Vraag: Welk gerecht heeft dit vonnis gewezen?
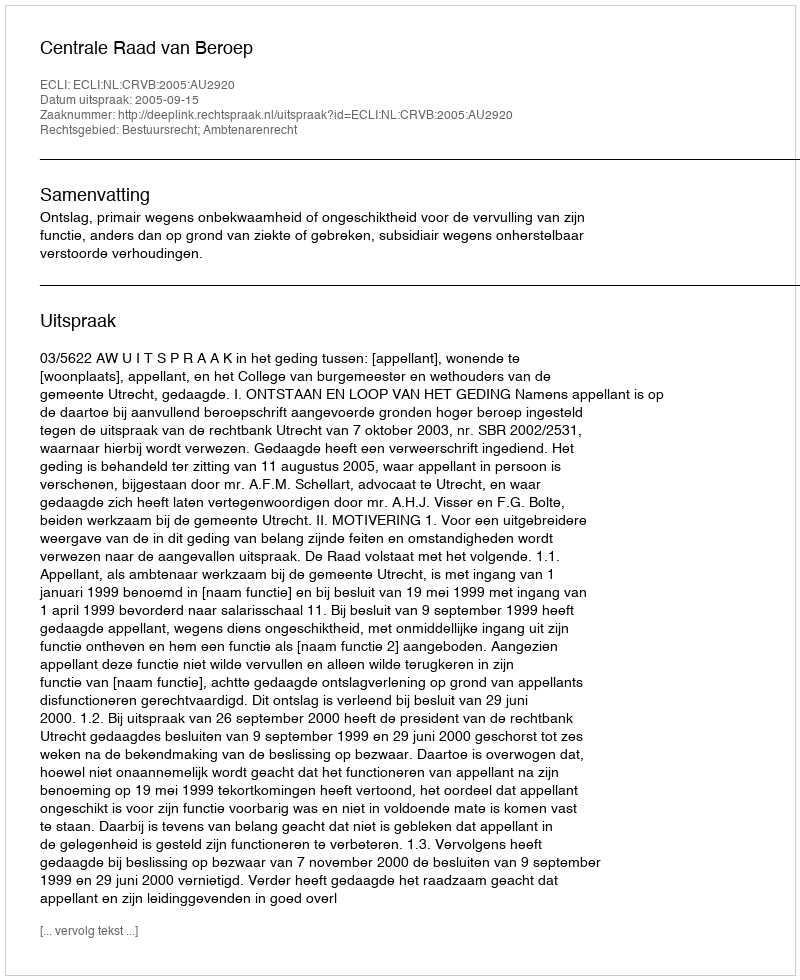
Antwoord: Centrale Raad van Beroep